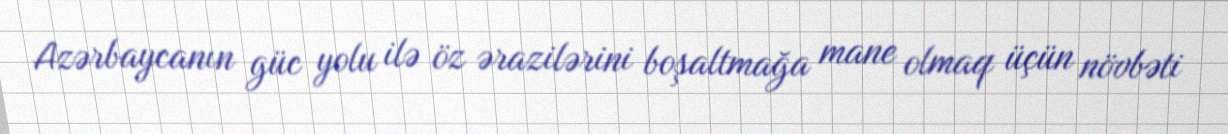
Azərbaycanın güc yolu ilə öz ərazilərini boşaltmağa mane olmaq üçün növbəti